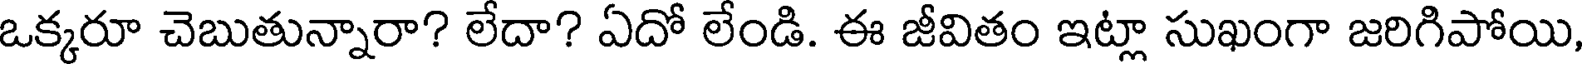
ఒక్కరూ చెబుతున్నారా? లేదా? ఏదో లేండి. ఈ జీవితం ఇట్లా సుఖంగా జరిగిపోయి